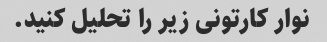
نوار کارتونی زیر را تحلیل کنید.